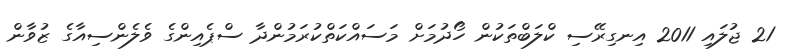
21 ޖުލައި 2011 އިނގިރޭސި ކްލަބްތަކުން ހޯދުމަށް މަސައްކަތްކުރަމުންދާ ސްޕެއިންގެ ވެލެންސިއާގެ ޒުވާން